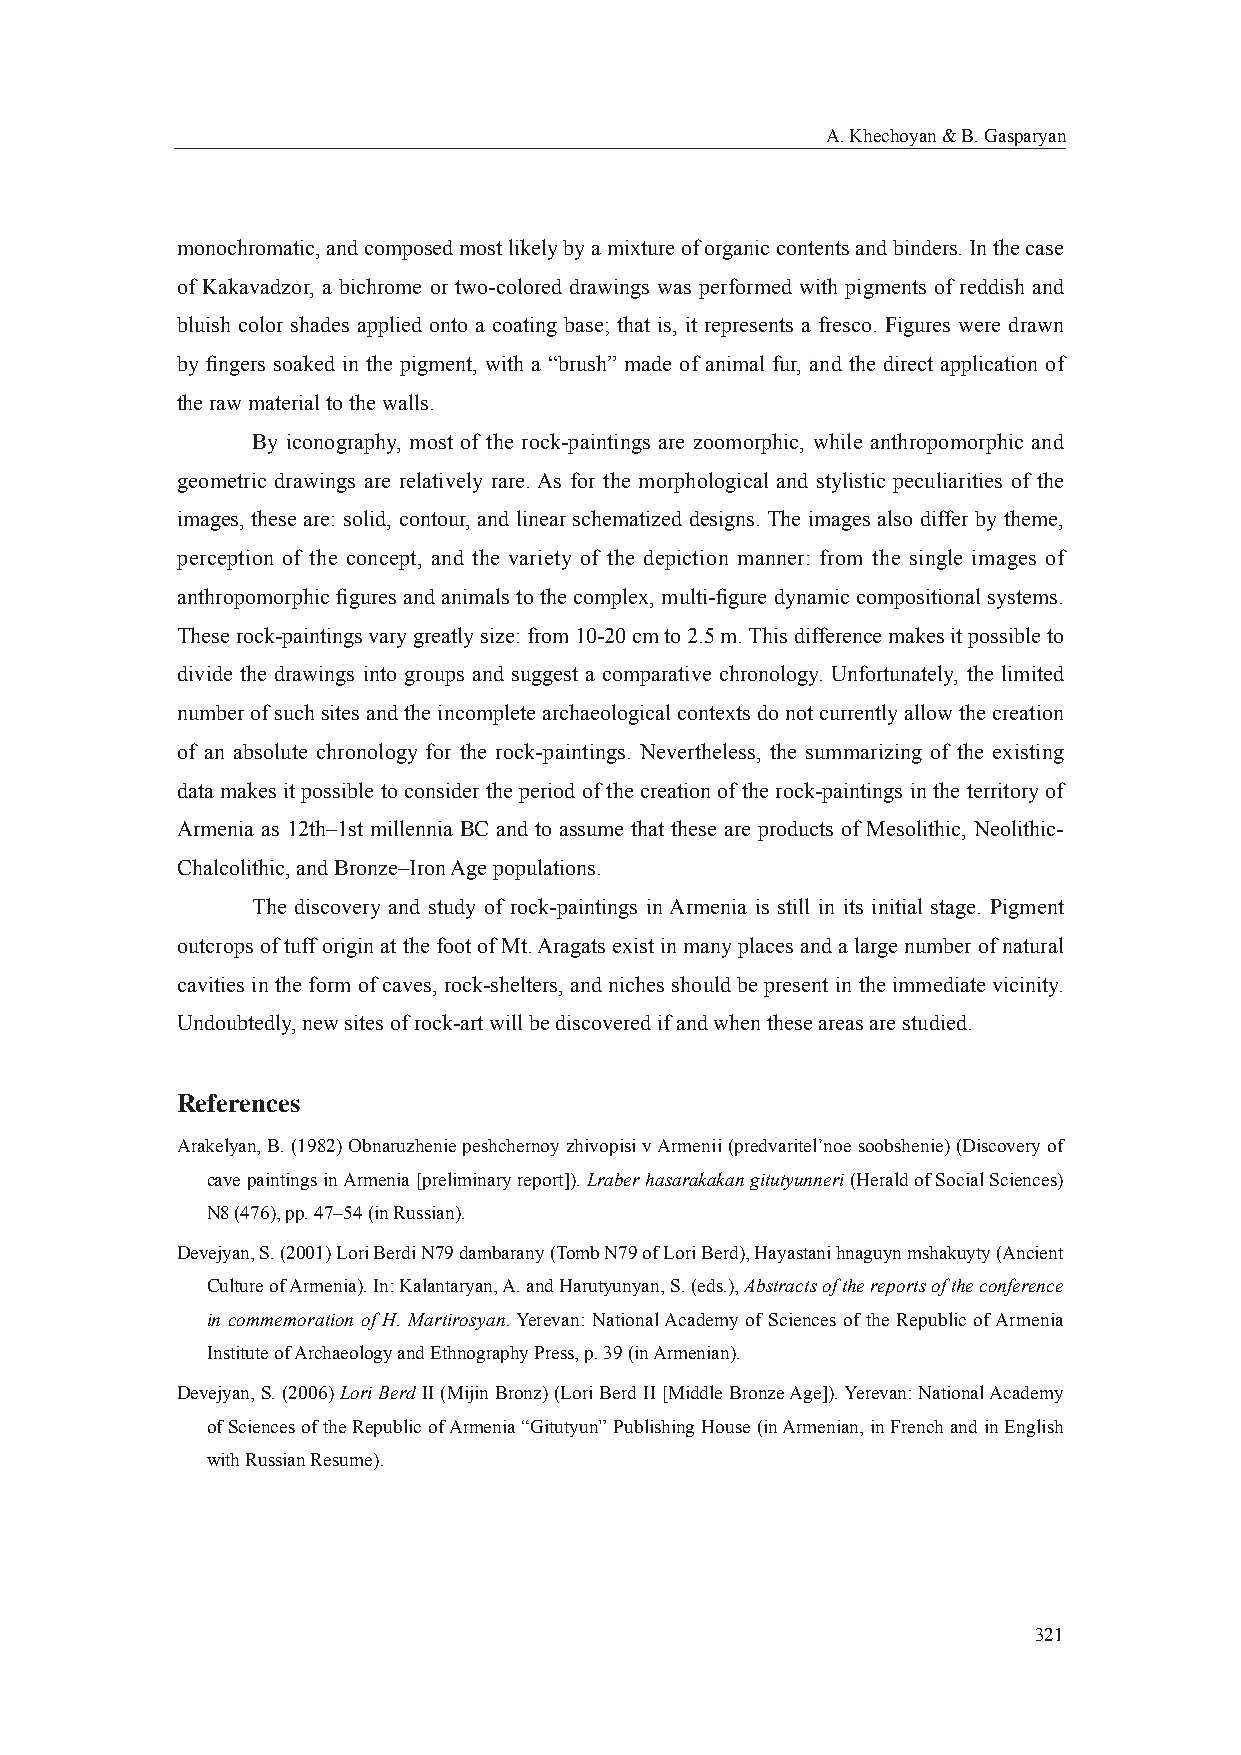
A. Khechoyan & B. Gasparyan
 monochromatic, and composed most likely by a mixture of organic contents and binders. In the case
 of Kakavadzor, a bichrome or two-colored drawings was performed with pigments of reddish and
 bluish color shades applied onto a coating base; that is, it represents a fresco. Figures were drawn
 by fi ngers soaked in the pigment, with a “brush” made of animal fur, and the direct application of
 the raw material to the walls.
 By iconography, most of the rock-paintings are zoomorphic, while anthropomorphic and
 geometric drawings are relatively rare. As for the morphological and stylistic peculiarities of the
 images, these are: solid, contour, and linear schematized designs. The images also differ by theme,
 perception of the concept, and the variety of the depiction manner: from the single images of
 anthropomorphic fi gures and animals to the complex, multi-fi gure dynamic compositional systems.
 These rock-paintings vary greatly size: from 10-20 cm to 2.5 m. This difference makes it possible to
 divide the drawings into groups and suggest a comparative chronology. Unfortunately, the limited
 number of such sites and the incomplete archaeological contexts do not currently allow the creation
 of an absolute chronology for the rock-paintings. Nevertheless, the summarizing of the existing
 data makes it possible to consider the period of the creation of the rock-paintings in the territory of
 Armenia as 12th–1st millennia BC and to assume that these are products of Mesolithic, Neolithic-
 Chalcolithic, and Bronze–Iron Age populations.
 The discovery and study of rock-paintings in Armenia is still in its initial stage. Pigment
 outcrops of tuff origin at the foot of Mt. Aragats exist in many places and a large number of natural
 cavities in the form of caves, rock-shelters, and niches should be present in the immediate vicinity.
 Undoubtedly, new sites of rock-art will be discovered if and when these areas are studied.
 References
 Arakelyan, B. (1982) Obnaruzhenie peshchernoy zhivopisi v Armenii (predvaritel’noe soobshenie) (Discovery of
 cave paintings in Armenia [preliminary report]). Lraber hasarakakan gitutyunneri (Herald of Social Sciences)
 N8 (476), pp. 47–54 (in Russian).
 Devejyan, S. (2001) Lori Berdi N79 dambarany (Tomb N79 of Lori Berd), Hayastani hnaguyn mshakuyty (Ancient
 Culture of Armenia). In: Kalantaryan, A. and Harutyunyan, S. (eds.), Abstracts of the reports of the conference
 in commemoration of H. Martirosyan. Yerevan: National Academy of Sciences of the Republic of Armenia
 Institute of Archaeology and Ethnography Press, p. 39 (in Armenian).
 Devejyan, S. (2006) Lori Berd II (Mijin Bronz) (Lori Berd II [Middle Bronze Age]). Yerevan: National Academy
 of Sciences of the Republic of Armenia “Gitutyun” Publishing House (in Armenian, in French and in English
 with Russian Resume).
 321